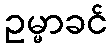
ဥမ္မာခင်